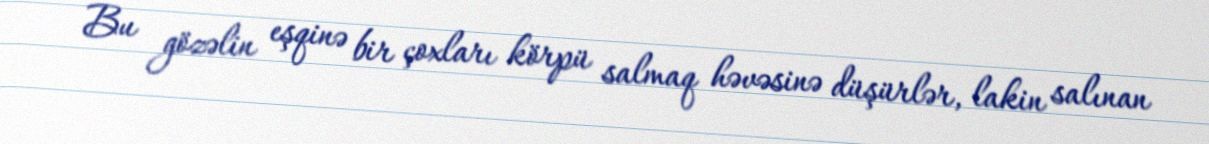
Bu gözəlin eşqinə bir çoxları körpü salmaq həvəsinə düşürlər, lakin salınan